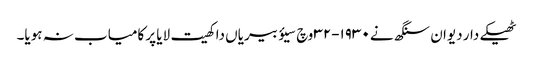
ٹھیکے دار دیوان سنگھ نے ١٩٣٠-٣٢ وچ سیؤ بیریاں دا کھیت لایا پر کامیاب نہ ہویا۔